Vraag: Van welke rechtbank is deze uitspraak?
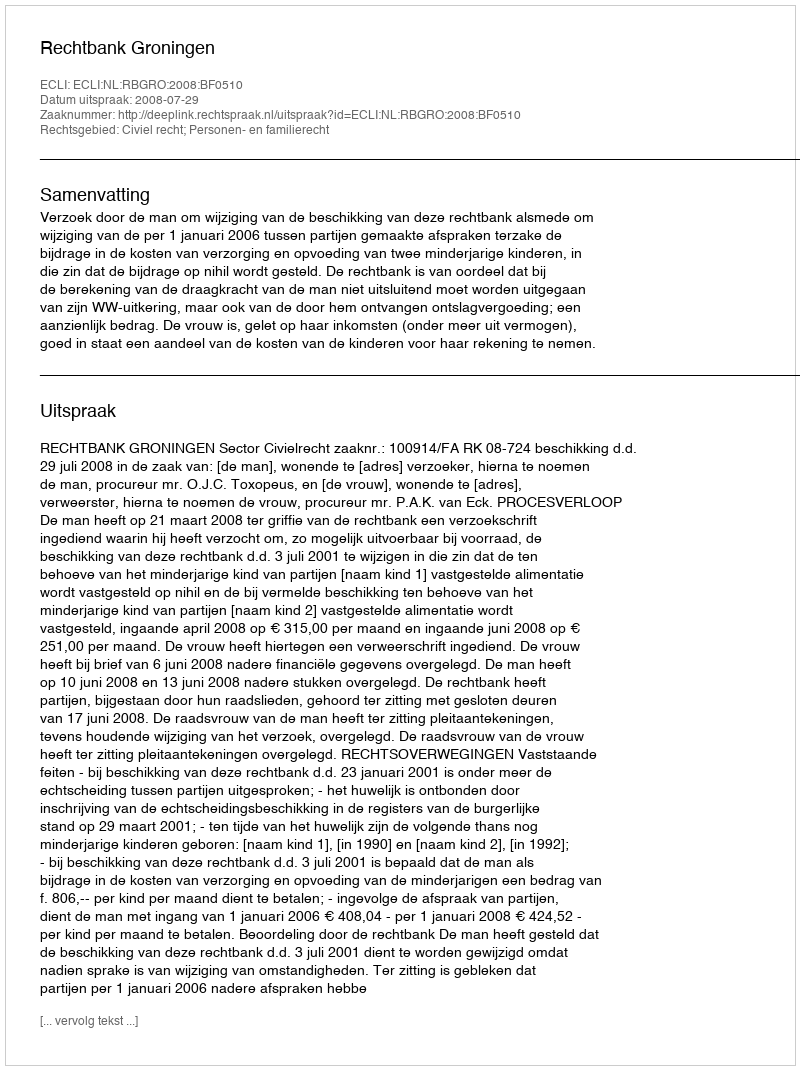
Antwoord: Rechtbank Groningen